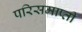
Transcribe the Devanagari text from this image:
परिसमाप्ती